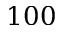
1 0 0